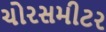
ચોરસમીટર